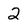
Character: 2